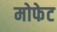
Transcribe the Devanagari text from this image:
मोफेट